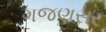
ગજણસર